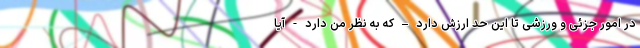
در امور جزئی و ورزشی تا این حد ارزش دارد – که به نظر من دارد - آیا